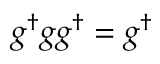
g ^ { \dagger } g g ^ { \dagger } = g ^ { \dagger }